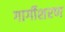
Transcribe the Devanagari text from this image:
गार्गीशरण